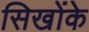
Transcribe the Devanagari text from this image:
सिखोंके